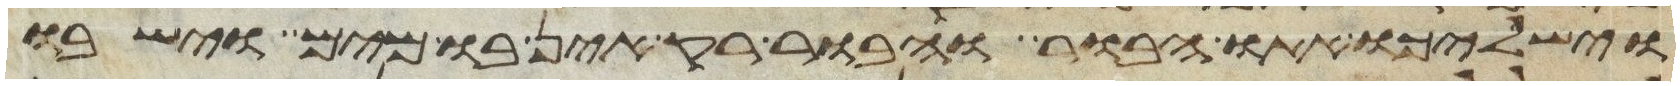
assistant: וישלכו אתו הבור והבור ריק אין בו מים וישבו